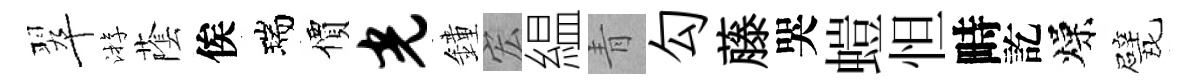
翠㳺䕃俟瑞價光鐘宏緼青勾藤哭螘怛畤訖燥戏